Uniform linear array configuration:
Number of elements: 12
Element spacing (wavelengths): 1
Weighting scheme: hamming
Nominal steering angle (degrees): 15
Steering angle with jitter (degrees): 16.475
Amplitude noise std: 0.05
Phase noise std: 0.05

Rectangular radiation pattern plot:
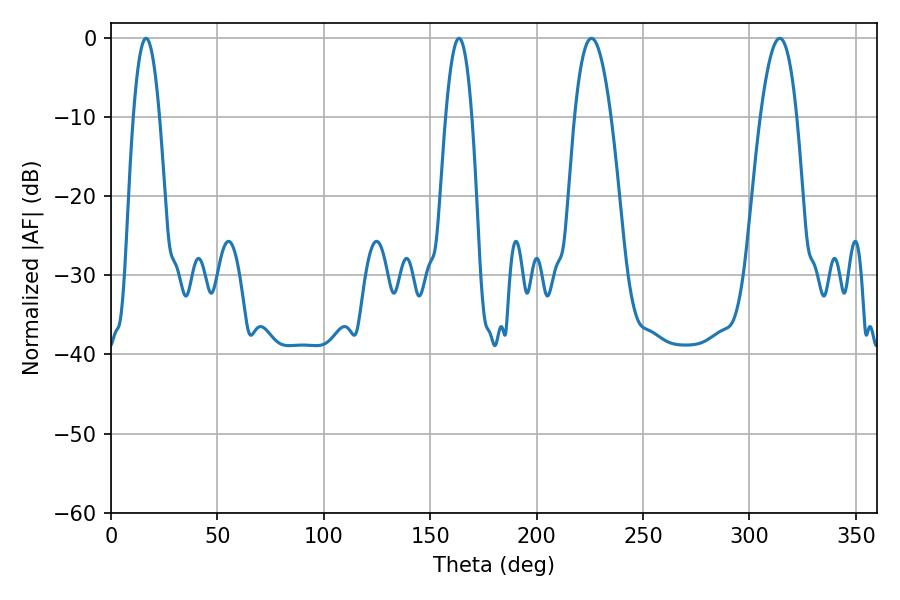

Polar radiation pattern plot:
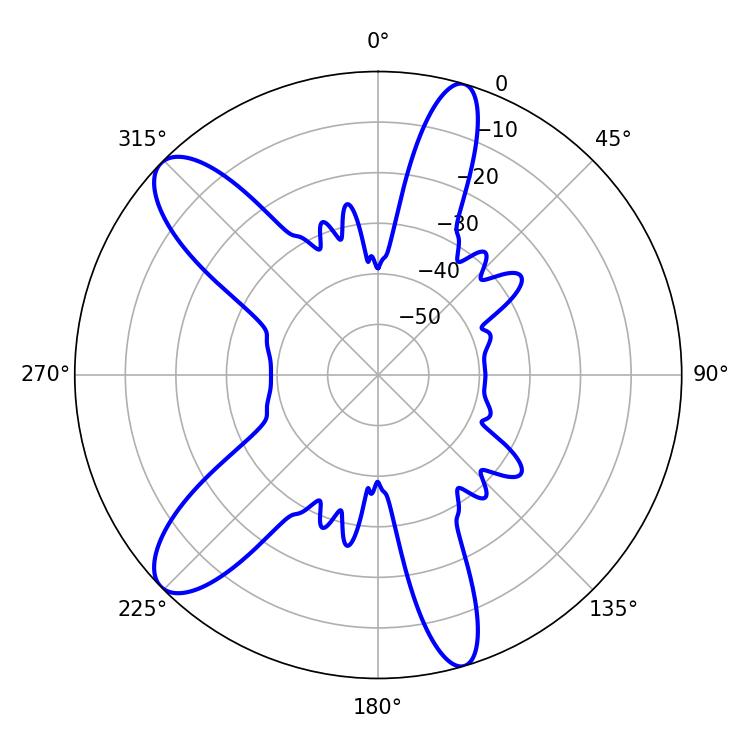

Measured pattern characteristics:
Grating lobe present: TRUE
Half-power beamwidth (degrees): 9.36
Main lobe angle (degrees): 225.72